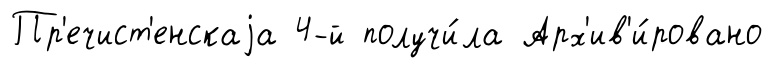
Пр'ечист'енскаjа 4-й получи́ла Арх'ив'и́ровано